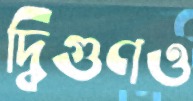
দ্বিগুণও